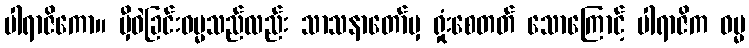
ပါရာဇိကော။ မှီဝဲခြင်းဓမ္မသည်လည်း သာသနာတော်မှ ရှုံးစေတတ် သောကြောင့် ပါရာဇိက ဓမ္မ